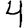
Digit: 4